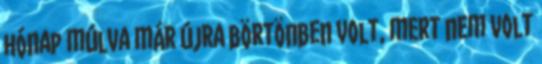
hónap múlva már újra börtönben volt, mert nem volt